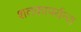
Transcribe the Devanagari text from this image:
शतकापर्यन्त